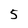
Character: 5